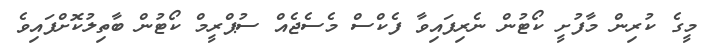
މީގެ ކުރިން މާފުށީ ކޯޓުން ނެރިފައިވާ ފެކްސް މެސެޖެއް ސުޕްރީމް ކޯޓުން ބާތިލުކޮށްފައިވެ